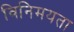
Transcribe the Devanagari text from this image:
विनिमयता